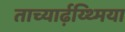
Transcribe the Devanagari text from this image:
ताच्यार्ढ़य्थ्मिया